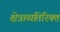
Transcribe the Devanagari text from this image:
क्षेत्राव्यतिरिक्त